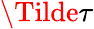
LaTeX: \Tilde{\tau}